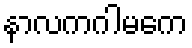
နာလကဂါမကေ